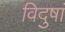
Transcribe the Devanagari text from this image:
विदुषां